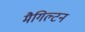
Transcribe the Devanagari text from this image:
मैगिल्टन